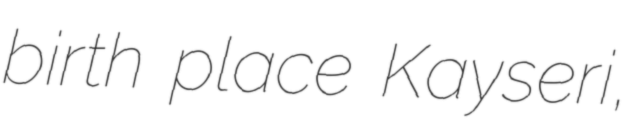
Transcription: birth place Kayseri,